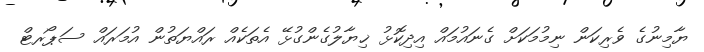
ޔާމިނުގެ ވެރިކަން ނިމުމަކަށް ގެނައުމައް އިދިކޮޅު ޚިޔާލުގެންގުޅޭ އެތަކެއް ރައްޔަތުން އުމަރައް ސަޕޯރޓް